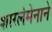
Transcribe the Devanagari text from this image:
शारलेमेनाने